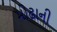
મોઢાની